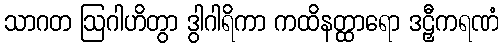
သာဂတ ဩဂါဟိတွာ ဒွါဂါရိကာ ကထိနတ္ထာရော ဒဠှီကရဏံ